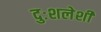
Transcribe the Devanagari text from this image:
दुःशलेशी